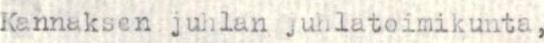
Kannaksen juhlan juhlatoimikunta,